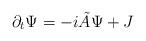
LaTeX: \begin{align*}\partial_{t} \Psi = -i \tilde{A} \Psi + J\end{align*}